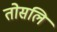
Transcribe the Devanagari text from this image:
तोसलि